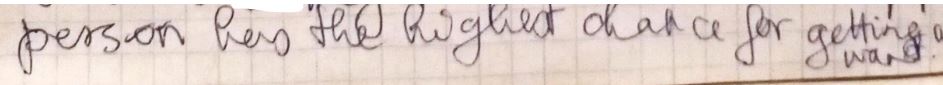
person has the right chance for getting a way